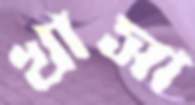
খাসা